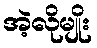
အဲ့လိုမျိုး